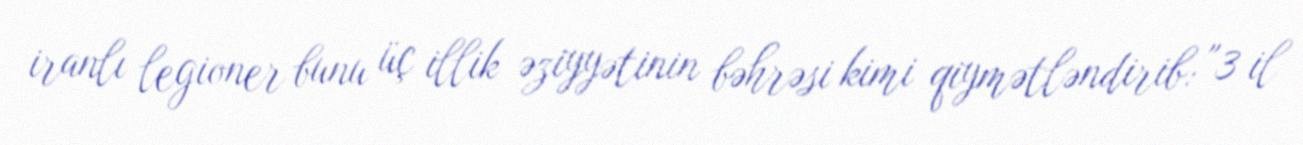
iranlı legioner bunu üç illik əziyyətinin bəhrəsi kimi qiymətləndirib: "3 il